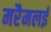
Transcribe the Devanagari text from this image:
मरैमलई